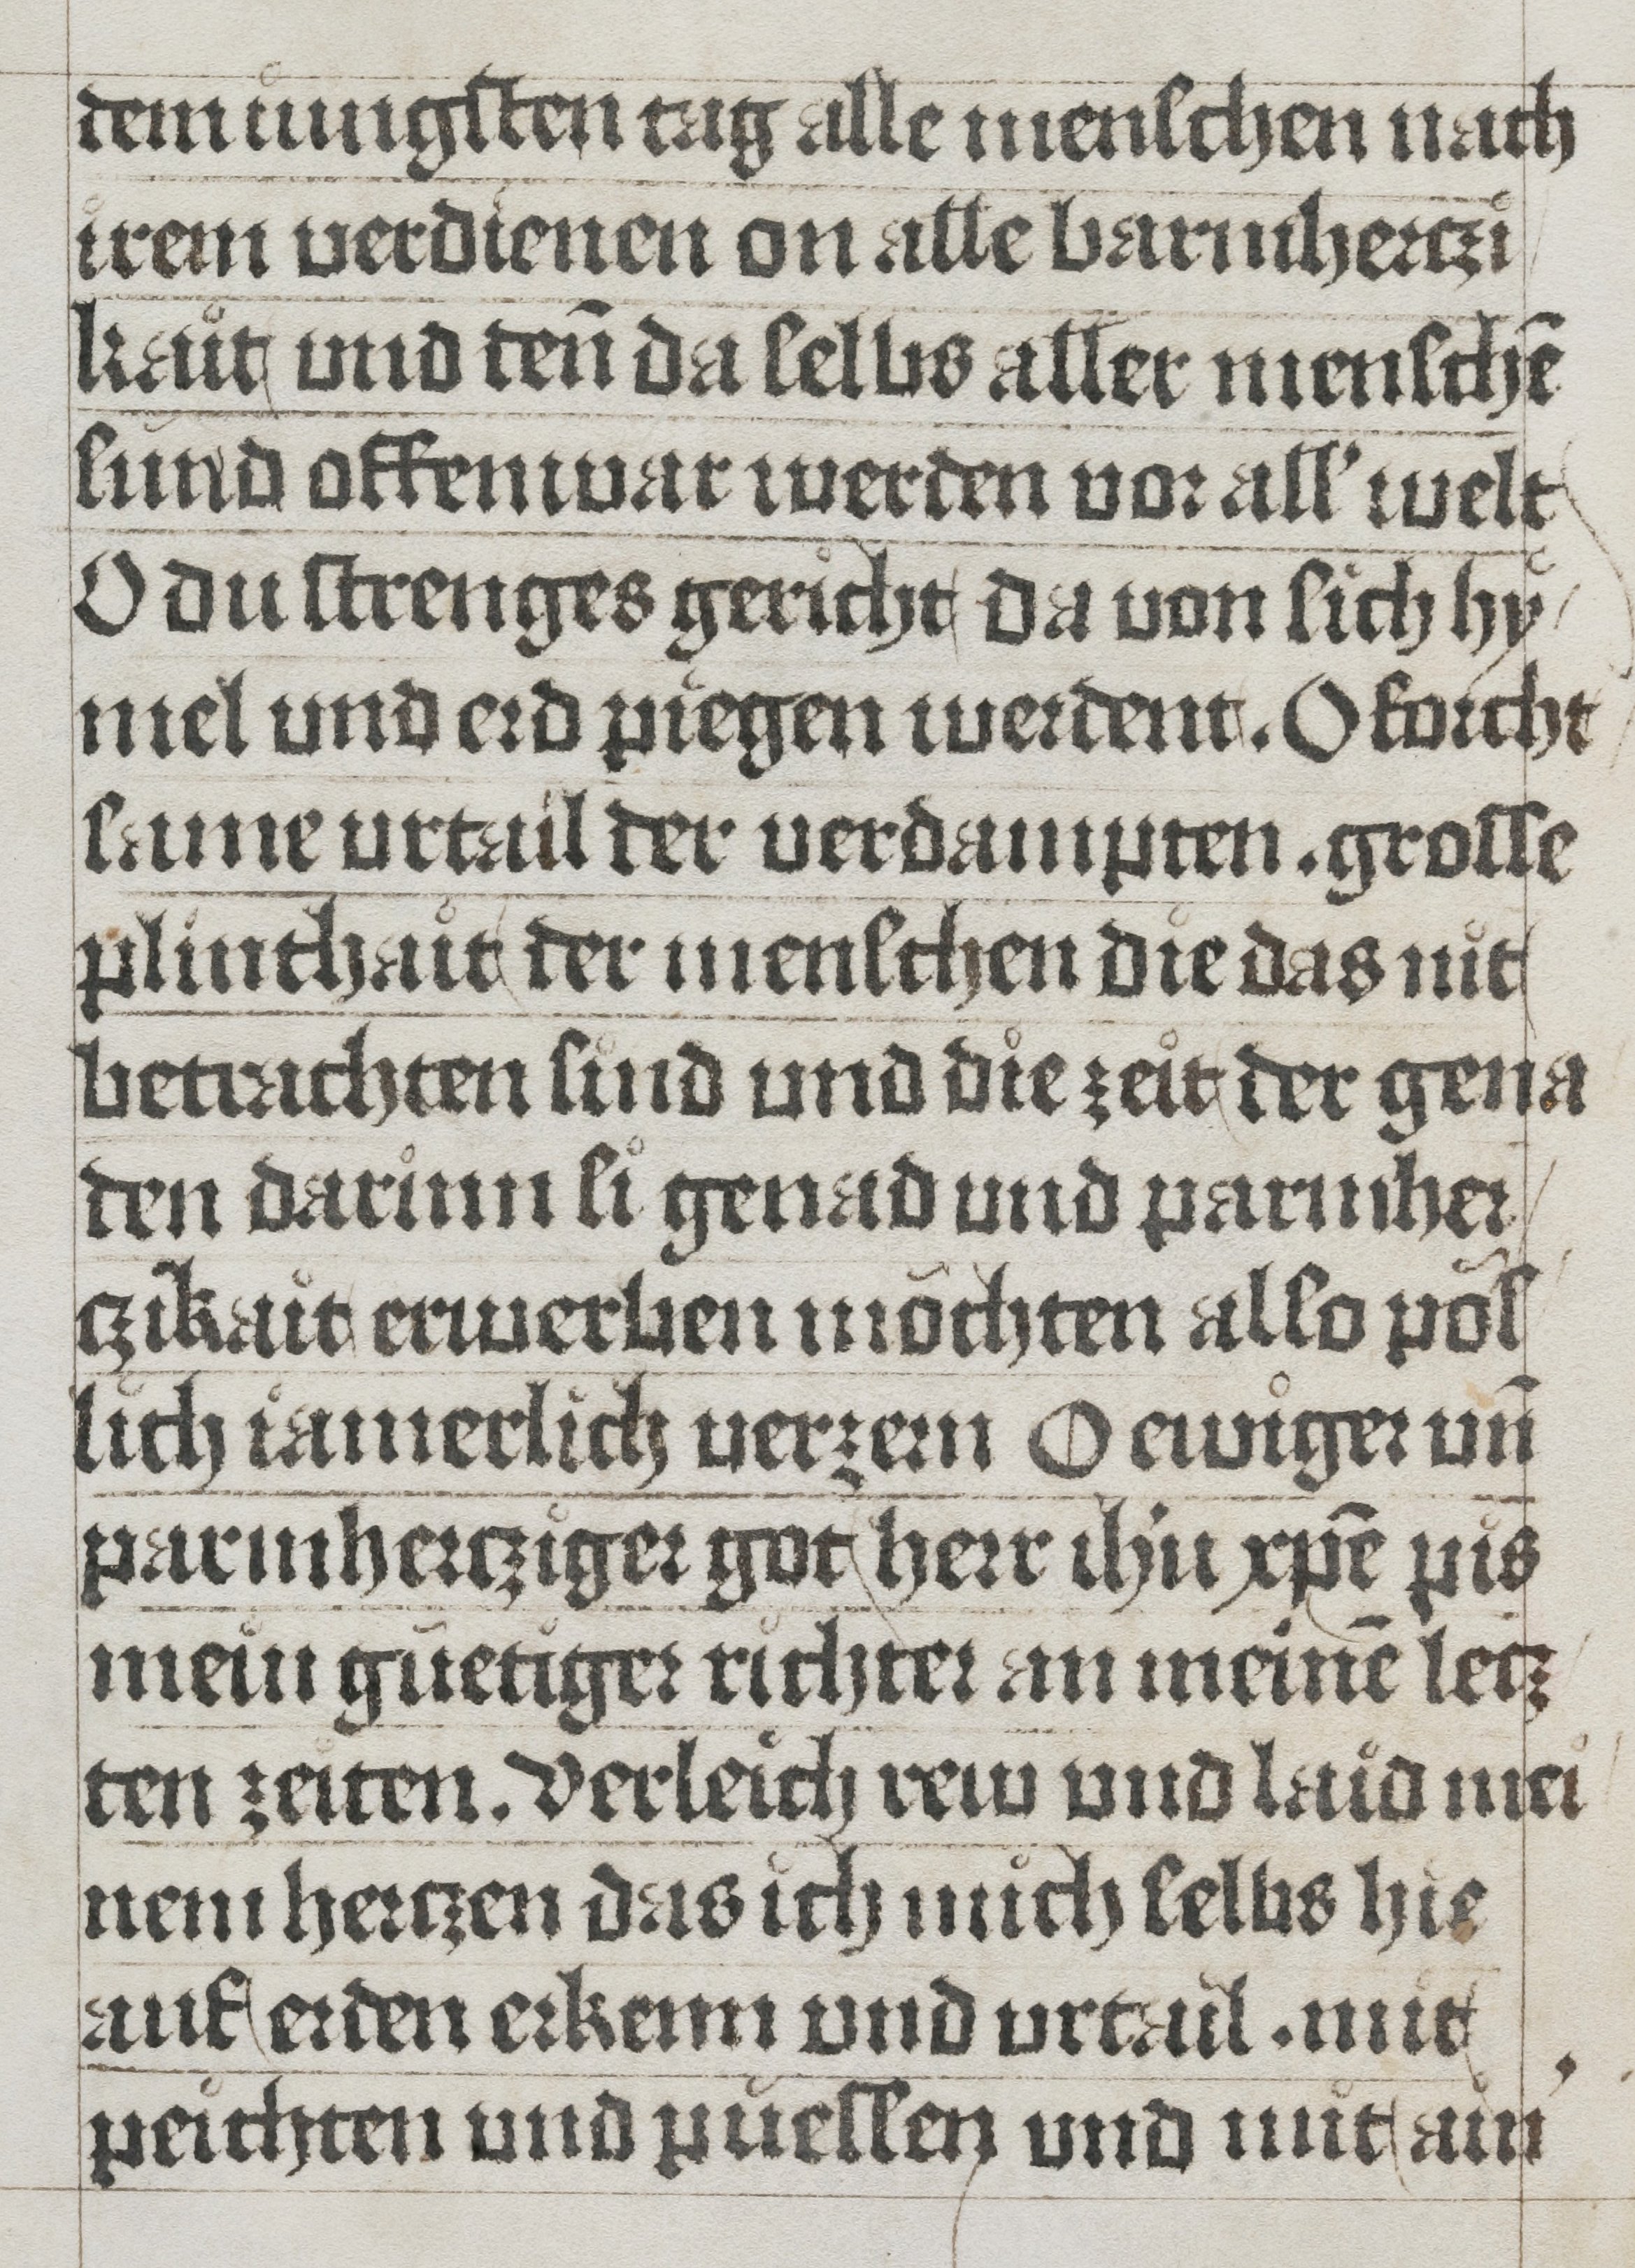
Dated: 1485–1535